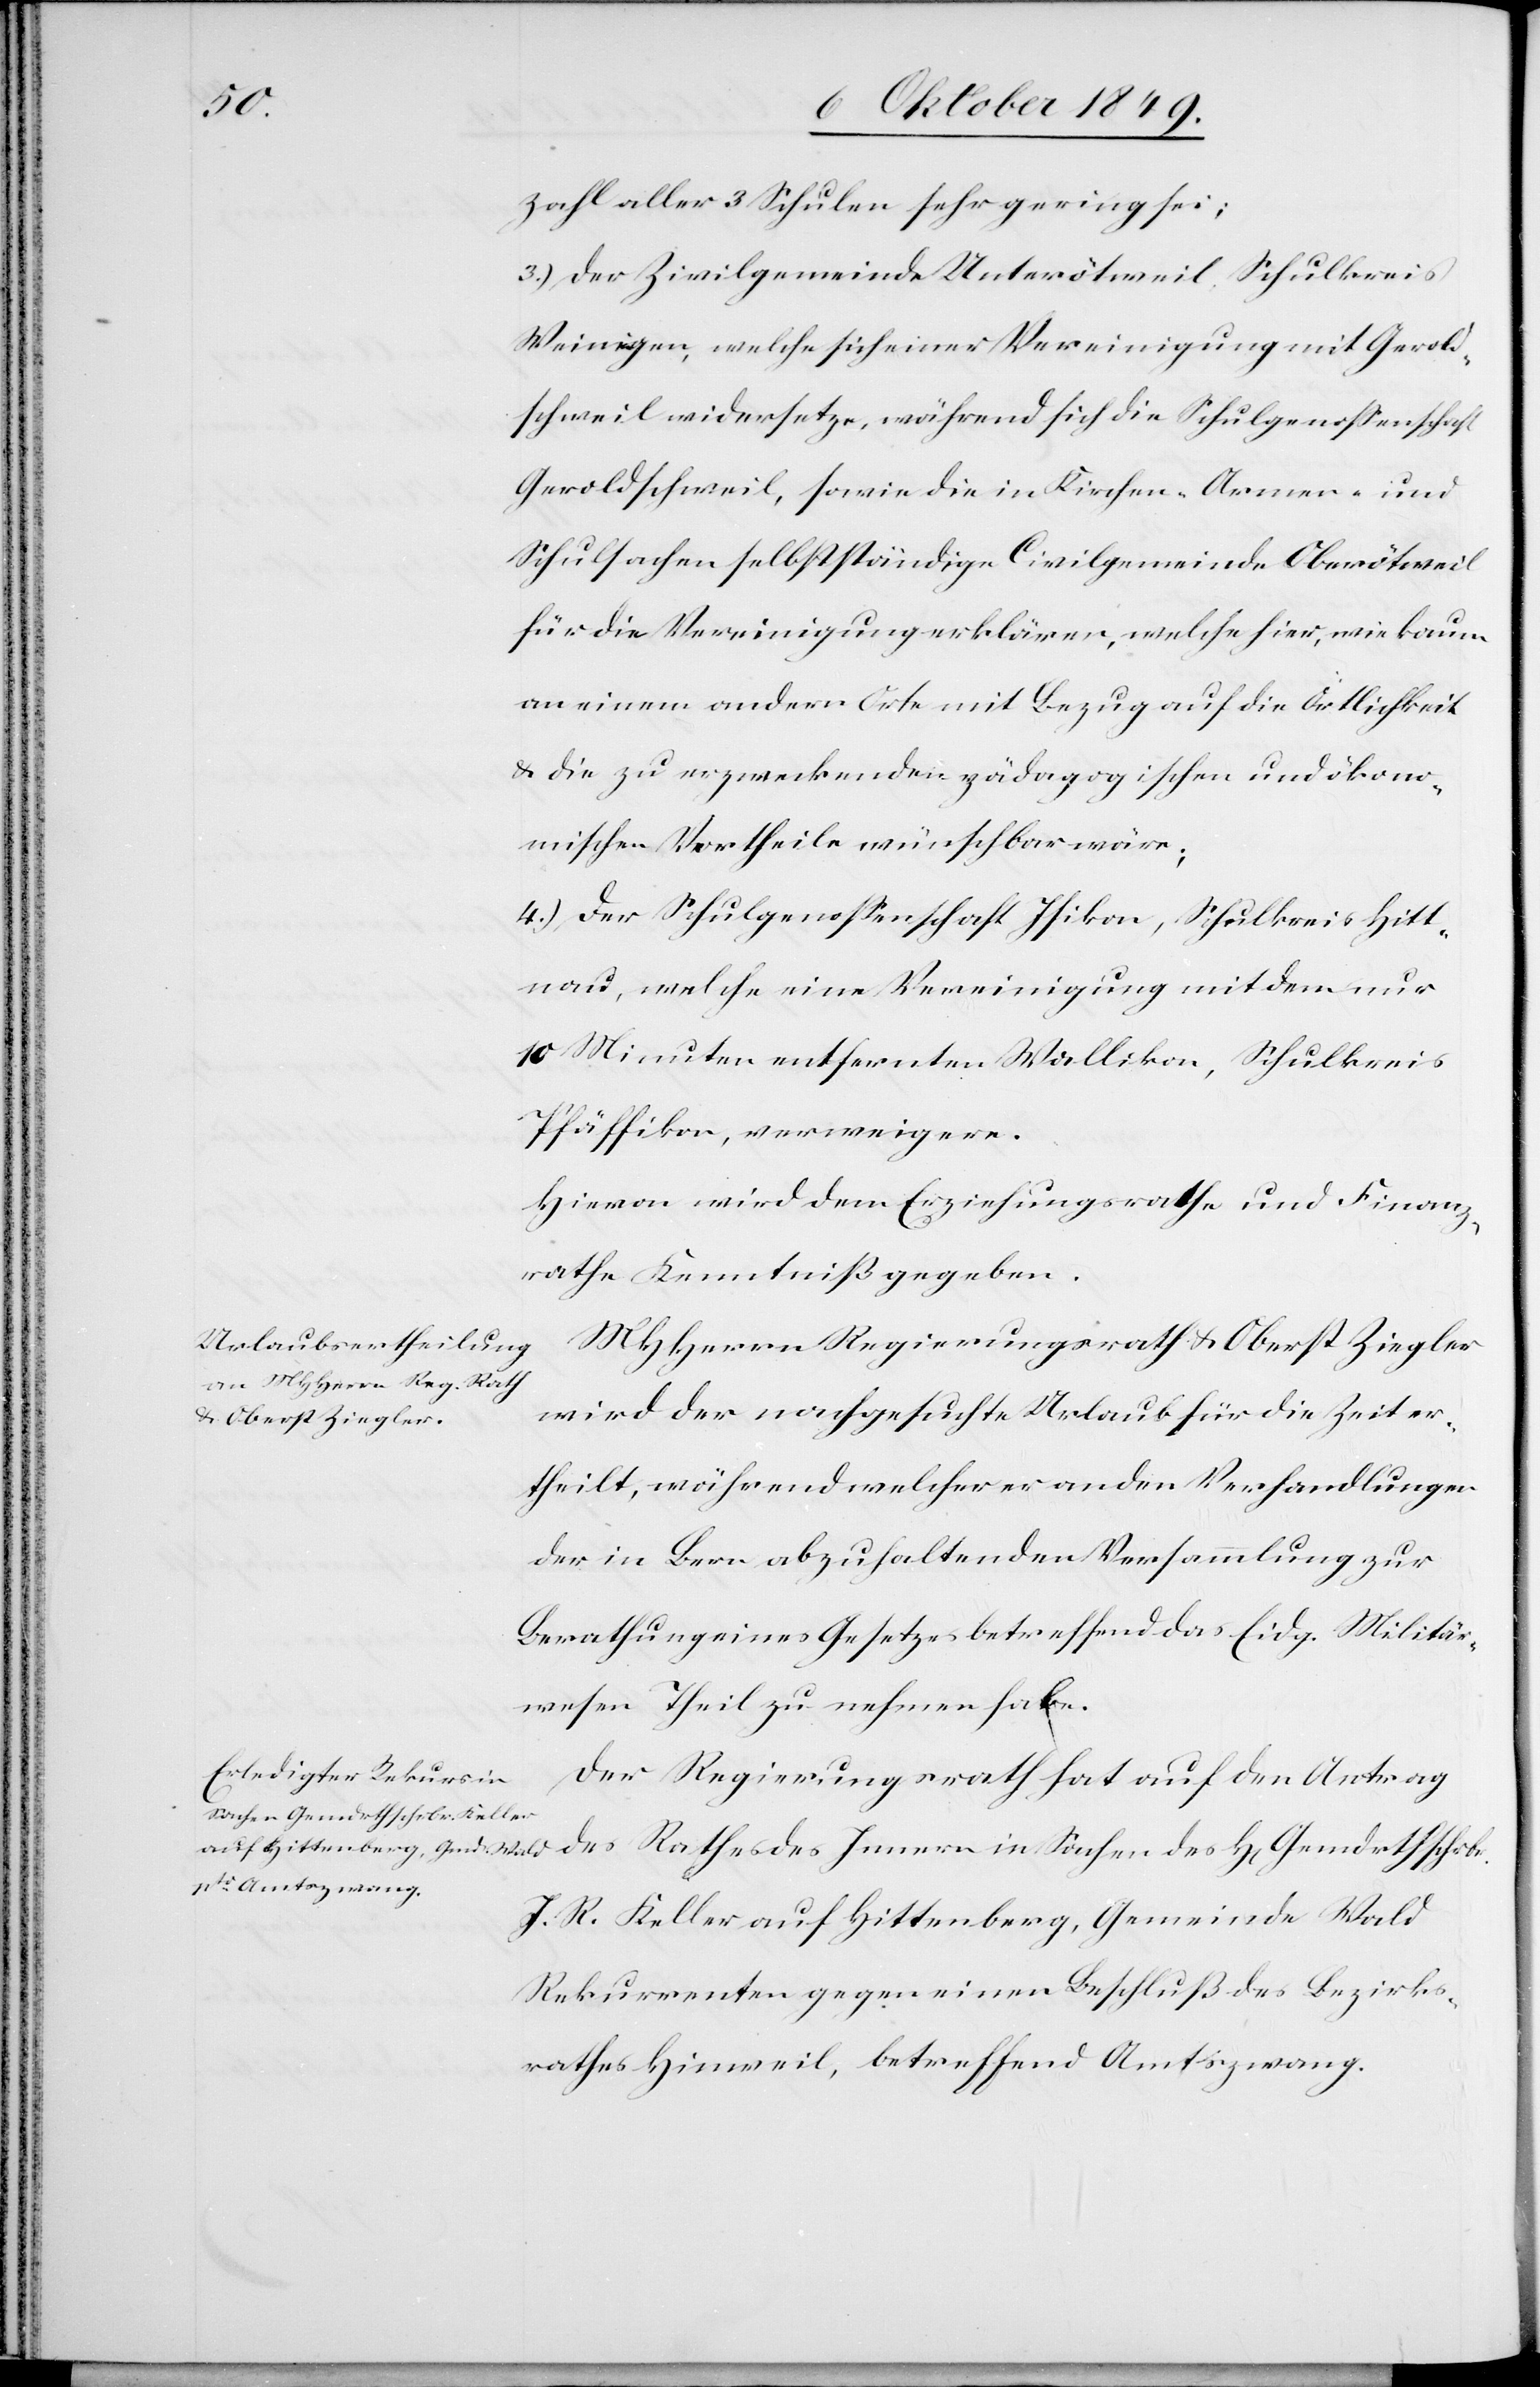
zahl aller 3 Schulen sehr gering sei;
3.) Der Zivilgemeinde Unterötweil, Schulkreis
Weiningen, welche sich einer Vereinigung mit Gerold¬
schweil widersetze, während sich die Schulgenoßenschaft
Geroldschweil, sowie die im Kirchen- Armen- und
Schulsachen selbständige Civilgemeinde Oberötweil
für die Vereinigung erklären, welche hier, wie kaum
an einem andern Orte mit Bezug auf die Örtlichkeit
u. die zu erzweckenden pädagogischen und ökono¬
mischen Vortheile wünschbar wäre;
4.) Der Schulgenoßenschaft Isikon, Schulkreis Hitt¬
nau, welche eine Vereinigung mit dem nur
10 Minuten entfernten Wallikon, Schulkreis
Pfäffikon, verweigere.
Hievon wird dem Erziehungsrathe und Finanz¬
rathe Kenntniß gegeben.
MHHerrn Regierungsrath Oberst Ziegler
wird der nachgesuchte Urlaub für die Zeit er¬
theilt, während welcher er an den Verhandlungen
der in Bern abzuhaltenden Versammlung zur
Berathung eines Gesetzes betreffend das Eidg. Militär¬
wesen Theil zu nehmen habe.
Der Regierungsrath hat auf den Antrag
J. R. Keller auf Hittenberg, Gemeinde Wald
Rekurrenten gegen einen Beschluß des Bezirks¬
rathes Hinweil, betreffend Amtszwang.